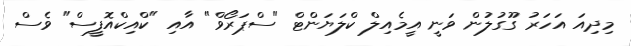
މިދިއަ އަހަރު ގޫގުލުން ވަނީ އީމެއިލް ކްލަޔަންޓް "ސްޕަރޯވް" އާއި "ކްއިކްއޮފީސް" ވެސް